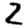
Digit: 2